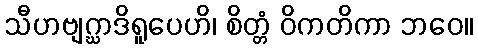
သီဟဗျဂ္ဃာဒိရူပေဟိ၊ စိတ္တံ ဝိကတိကာ ဘဝေ။